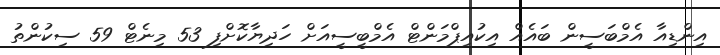
އިންޑިއާ އެމްބަސީން ބައެއް އިކުއިޕްމަންޓް އެމްބީސީއަށް ހަދިޔާކޮށްފި 53 މިނެޓް 59 ސިކުންތު